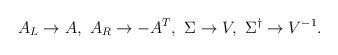
LaTeX: \begin{align*}A_L \to A,\ A_R \to -A^T,\ \Sigma \to V,\ \Sigma^\dagger \to V^{-1}.\end{align*}